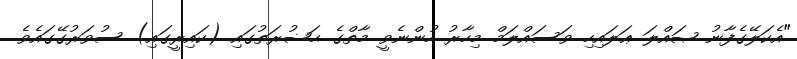
"އެކަލޭގެފާނު ޞައްލަ ޢަލައިހި ވަސައްލަމް މިހާރު ހުންނެވީ މާތްގެ ޙަޟުރަތުގައި (ކައިރީގައި) ސުވަރުގޭގައެވެ.